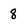
Character: 8